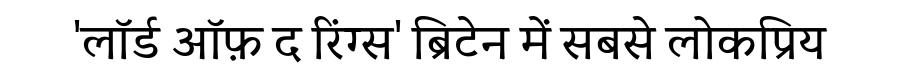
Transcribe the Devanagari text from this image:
'लॉर्ड ऑफ़ द रिंग्स' ब्रिटेन में सबसे लोकप्रिय